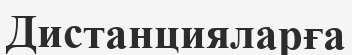
Дистанцияларға